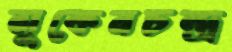
সুকেনচন্দ্র